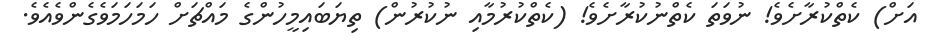
އަށް) ކެތްކުރާށެވެ! ނުވަތަ ކެތްނުކުރާށެވެ! (ކެތްކުރުމާއި ނުކުރުން) ތިޔަބައިމީހުންގެ މައްޗަށް ހަމަހަމަވެގެންވެއެވެ.